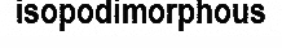
isopodimorphous